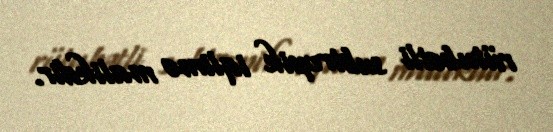
rütubətli subtropik iqlimə malikdir.